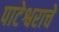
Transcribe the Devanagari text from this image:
पाटेश्वराचे